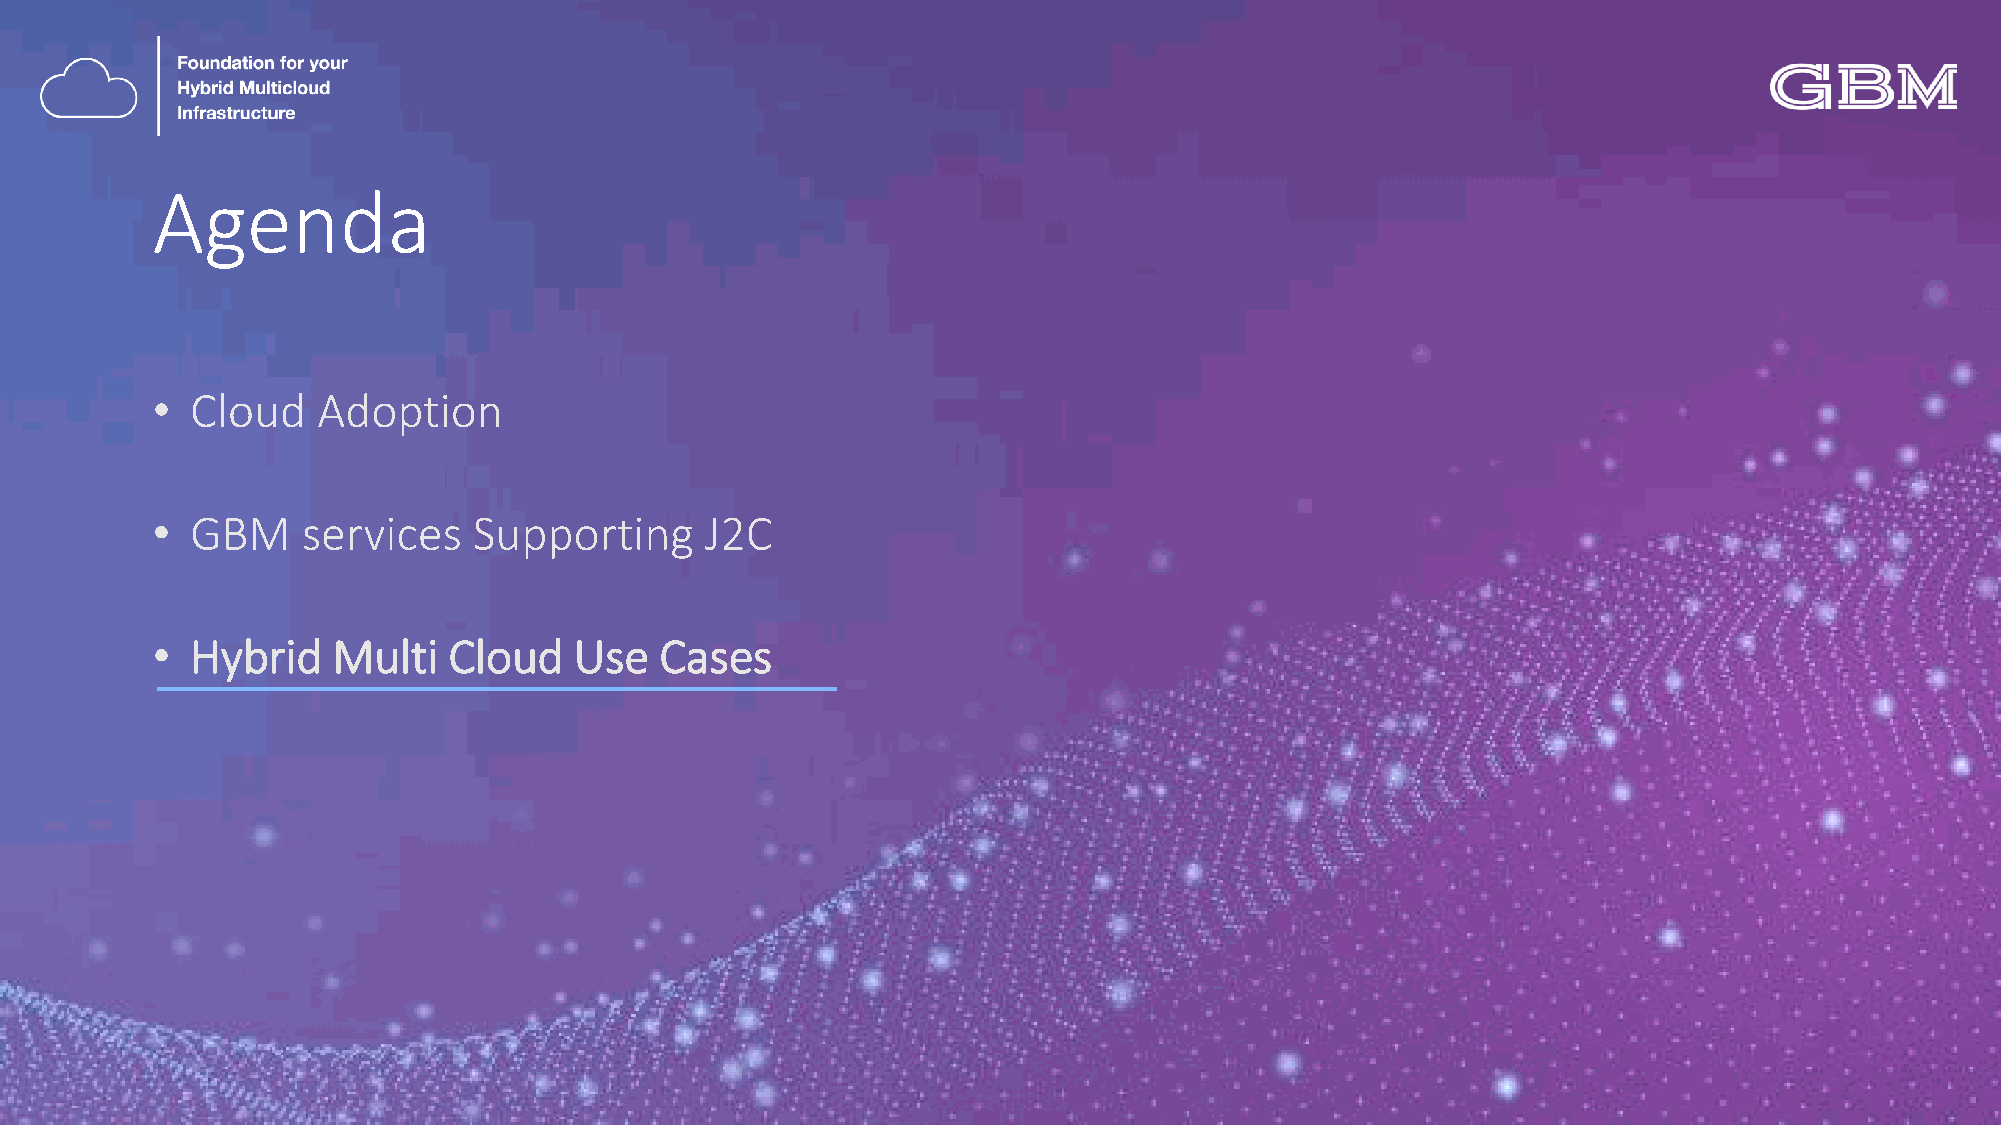
Agenda
 •  Cloud   Adoption
 •  GBM    services   Supporting      J2C
 •  Hybrid   Multi   Cloud   Use   Cases